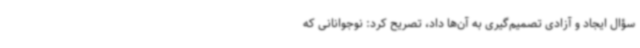
سؤال ایجاد و آزادی تصمیم‌گیری به آن‌ها داد، تصریح کرد: نوجوانانی که